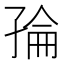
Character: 𭓌